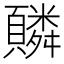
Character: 䫰